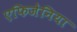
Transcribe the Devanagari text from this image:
एफिजेनिया